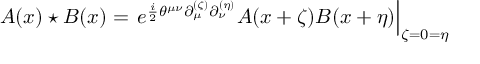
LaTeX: A ( x ) \star B ( x ) = \left. e ^ { \frac { i } { 2 } \theta ^ { \mu \nu } \partial _ { \mu } ^ { ( \zeta ) } \partial _ { \nu } ^ { ( \eta ) } } A ( x + \zeta ) B ( x + \eta ) \right| _ { \zeta = 0 = \eta }